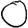
Digit: 0